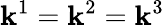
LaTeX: \mathbf{k}^{1}=\mathbf{k}^{2}=\mathbf{k}^{3}